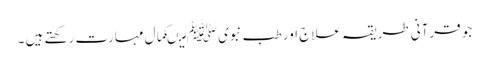
جو قرآنی طریقہ علاج اور طب نبویﷺ میںکمال مہارت رکھتے ہیں ۔